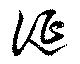
誕